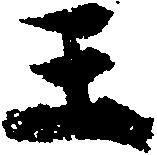
王